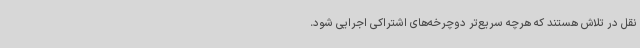
نقل در تلاش هستند که هرچه سریع‌تر دوچرخه‌های اشتراکی اجرایی شود.